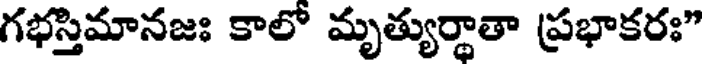
గభస్తిమానజః కాలో మృత్యుర్థాతా ప్రభాకరః"